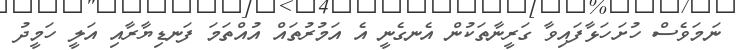
ނަމަވެސް ހުށަހަޅާފައިވާ ގަރީނާތަކުން އެނގެނީ އެ އަމުރުތައް އުއްތަމަ ފަނޑިޔާރާއި އަލީ ހަމީދު